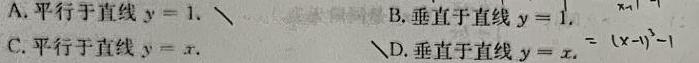
A. 平行于直线$y = 1$.
B. 垂直于直线$y = 1$.
C. 平行于直线$y = x$.
D. 垂直于直线$y = x$.